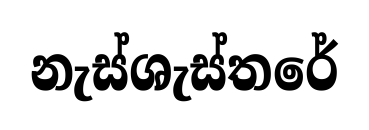
නැස්ශැස්තරේ